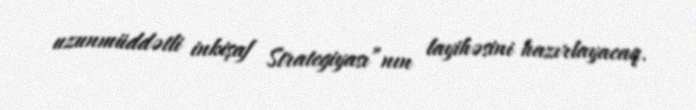
uzunmüddətli inkişaf Strategiyası”nın layihəsini hazırlayacaq.